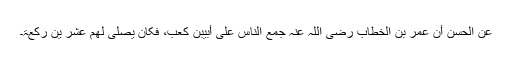
عن الحسن أنّ عمر بن الخطّاب رضی اللہ عنہ جمع النّاس علی أبیّبن کعب، فکان یصلّی لھم عشر ین رکعۃ۔